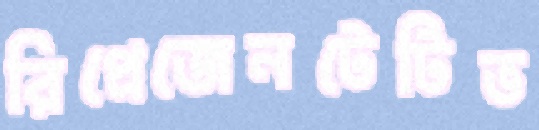
রিপ্রেজেনটেটিভ